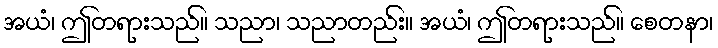
အယံ၊ ဤတရားသည်။ သညာ၊ သညာတည်း။ အယံ၊ ဤတရားသည်။ စေတနာ၊